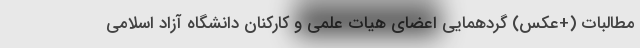
مطالبات (+عکس) گردهمایی اعضای هیات علمی و کارکنان دانشگاه آزاد اسلامی